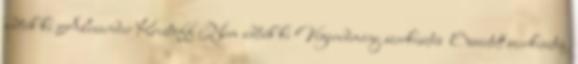
adták ki Alexander Kristoff Nem adták ki Végeredmény szerkesztés Összetett szerkesztés